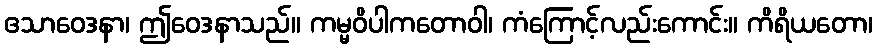
ဧသာဝေဒနာ၊ ဤဝေဒနာသည်။ ကမ္မဝိပါကတောဝါ၊ ကံကြောင့်လည်းကောင်း။ ကိရိယတော၊